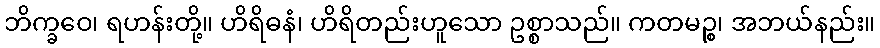
ဘိက္ခဝေ၊ ရဟန်းတို့။ ဟိရိဓနံ၊ ဟိရိတည်းဟူသော ဥစ္စာသည်။ ကတမဉ္စ၊ အဘယ်နည်း။